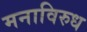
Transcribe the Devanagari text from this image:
मनाविरुध